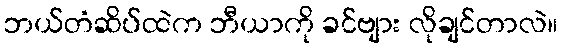
ဘယ်တံဆိပ်ထဲက ဘီယာကို ခင်ဗျား လိုချင်တာလဲ။